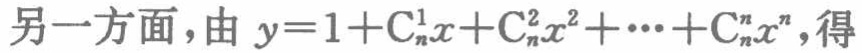
另一方面，由 \(y = 1+\mathrm{C}_{n}^{1}x+\mathrm{C}_{n}^{2}x^{2}+\cdots+\mathrm{C}_{n}^{n}x^{n}\)，得